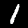
Label: 1